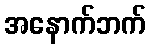
အနောက်ဘက်